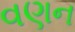
વણન